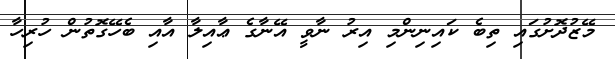
މޭޒުދޮށުގައި ތިބެ ކައިނިންމި އިރު ނާވީ އޭނާގެ ޢާއިލާ އާއި ބެހޭގޮތުން ހުރިހާ